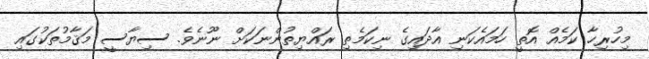
މިހުރިހާ ކަމެއް އޮތީ ހަމައެކަނި އާދައިގެ ނިކަމެތި ރައްޔިތުންނަކަށް ނޫނެވެ. ސިޔާސީ މަޤާމުތަކުގައި